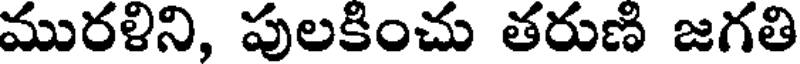
మురళిని, పులకించు తరుణి జగతి